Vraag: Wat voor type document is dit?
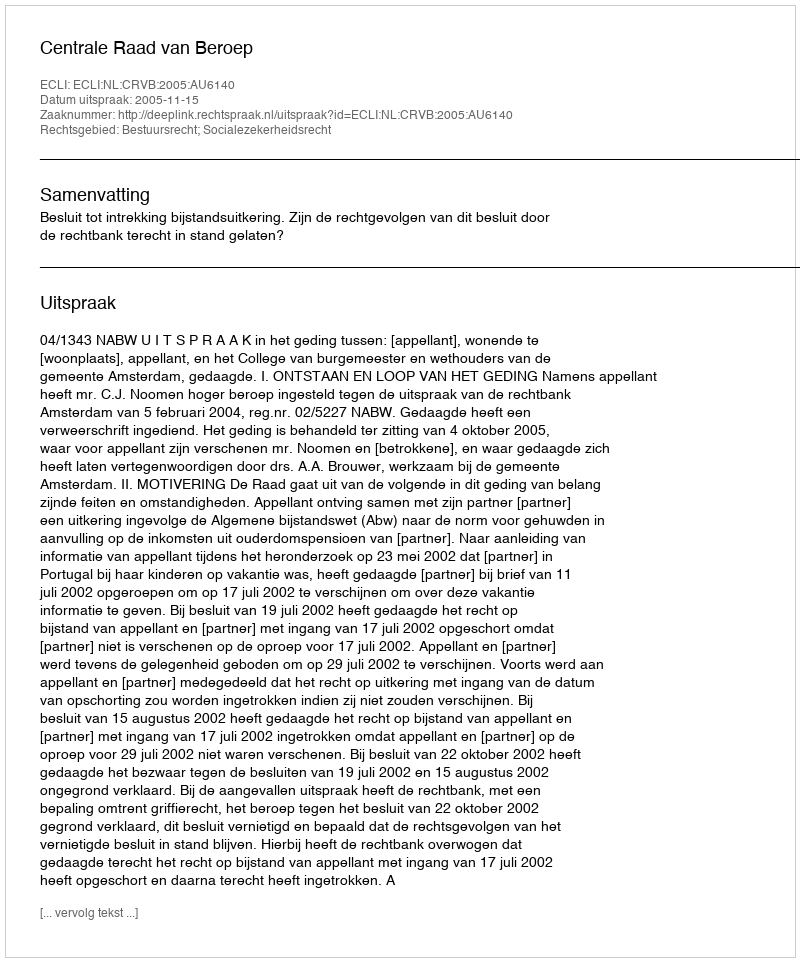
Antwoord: Uitspraak